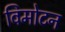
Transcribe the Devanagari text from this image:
विमोटन